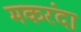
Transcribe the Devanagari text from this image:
मकरंदा